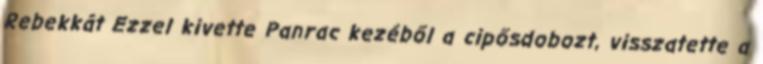
Rebekkát Ezzel kivette Panrac kezéből a cipősdobozt, visszatette a